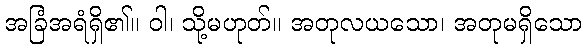
အခြံအရံရှိ၏။ ဝါ၊ သို့မဟုတ်။ အတုလယသော၊ အတုမရှိသော